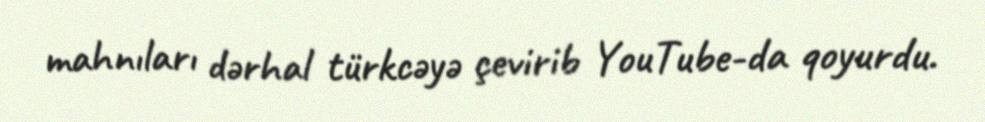
mahnıları dərhal türkcəyə çevirib YouTube-da qoyurdu.